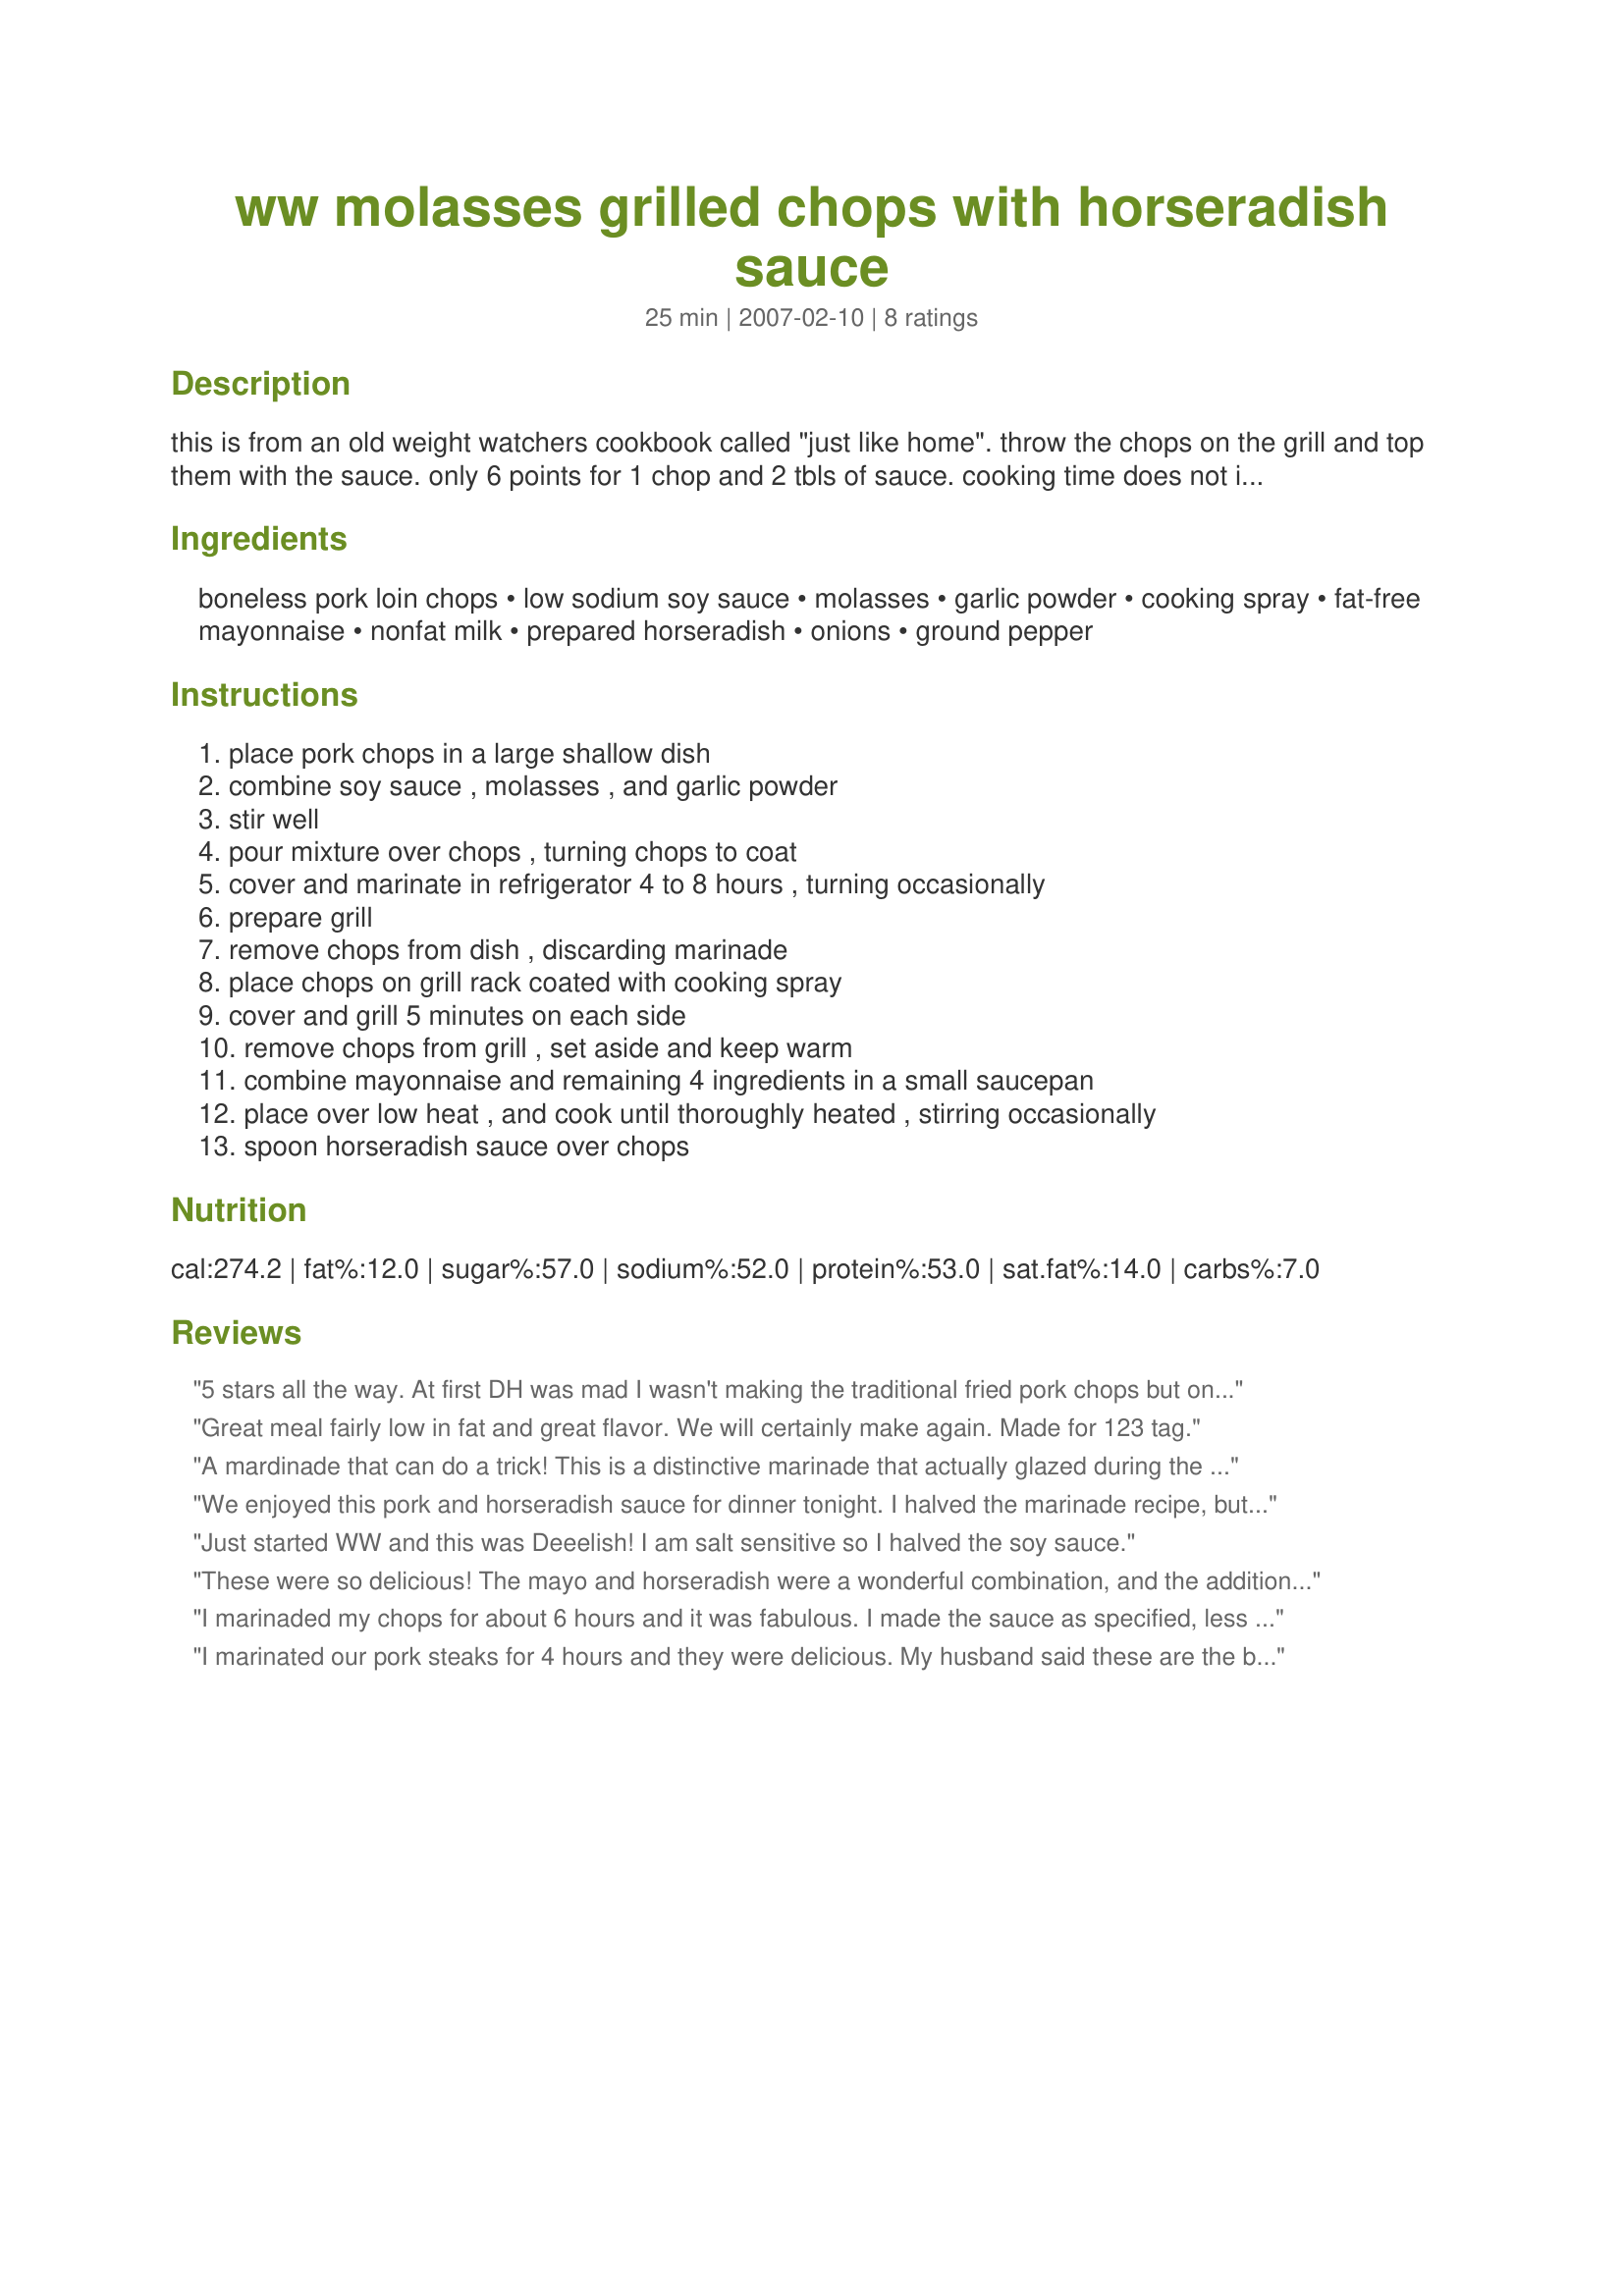
ww molasses grilled chops with horseradish sauce
Preparation time: 25 minutes

this is from an old weight watchers cookbook called "just like home". throw the chops on the grill and top them with the sauce. only 6 points for 1 chop and 2 tbls of sauce. cooking time does not include marinating.

Ingredients:
boneless pork loin chops, low sodium soy sauce, molasses, garlic powder, cooking spray, fat-free mayonnaise, nonfat milk, prepared horseradish, onions, ground pepper

Steps:
place pork chops in a large shallow dish, combine soy sauce , molasses , and garlic powder, stir well, pour mixture over chops , turning chops to coat, cover and marinate in refrigerator 4 to 8 hours , turning occasionally, prepare grill, remove chops from dish , discarding marinade, place chops on grill rack coated with cooking spray, cover and grill 5 minutes on each side, remove chops from grill , set aside and keep warm, combine mayonnaise and remaining 4 ingredients in a small saucepan, place over low heat , and cook until thoroughly heated , stirring occasionally, spoon horseradish sauce over chops

Reviews:
5 stars all the way. At first DH was mad I wasn't making the traditional fried pork chops but once he took his first bite he got a big smile on his face and it was a silent dinner as he helped himself to seconds! This marinade really makes for some moist chops and I can't wait to make these again. The molasses really lends a subtle background taste after being cooked... not overpowering at all. I might add some fresh chopped garlic as well as the powder next time, or perhaps some ginger and red pepper flakes but this seriously this recipe is perfect as is. Delicious dinner, thanks Teresa.
Great meal fairly low in fat and great flavor. We will certainly make again. Made for 123 tag.
A mardinade that can do a trick! This is a distinctive marinade that actually glazed during the cooking process. I'll bet the addition of other ingredients would up the flavor...like, orange or even Dijon mustard. Now to that sauce...marvelous! Made for PRMR.
We enjoyed this pork and horseradish sauce for dinner tonight. I halved the marinade recipe, but I think next time I would reduce the low-sodium soy sauce more. The horseradish/mayo sauce was really nice and flavorful and it complimented the meat well.
Just started WW and this was Deeelish! I am salt sensitive so I halved the soy sauce.
These were so delicious! The mayo and horseradish were a wonderful combination, and the addition of the molasses made it a perfectly seasoned sauce. We enjoyed these so much that I have these bookmarked to make again. DH and my son both remarked how much they liked the sauce so it was really a hit with my two "fussy" guys. Will make again for sure.
I marinaded my chops for about 6 hours and it was fabulous. I made the sauce as specified, less the onion, and then microwaved it to warm it because of a time issue. This recipe was very tasty; definitely a keeper!
I marinated our pork steaks for 4 hours and they were delicious. My husband said these are the best pork steaks I&#039;ve ever made. We really enjoyed the Horseradish sauce. This recipe is definitely a keeper in our book. Thank you TeresaS. Made for PLEASE REVIEW MY RECIPE.
